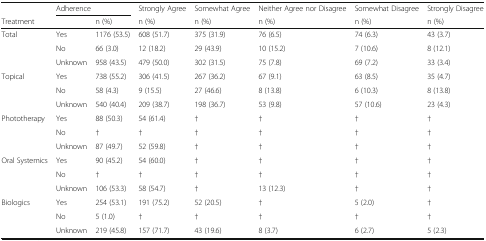
<table><thead><tr><td></td><td colspan="2"><b>Adherence</b></td><td><b>Strongly Agree</b></td><td><b>Somewhat Agree</b></td><td><b>Neither Agree nor Disagree</b></td><td><b>Somewhat Disagree</b></td><td><b>Strongly Disagree</b></td></tr><tr><td><b>Treatment</b></td><td></td><td><b>n (%)</b></td><td><b>n (%)</b></td><td><b>n (%)</b></td><td><b>n (%)</b></td><td><b>n (%)</b></td><td><b>n (%)</b></td></tr></thead><tbody><tr><td rowspan="3">Total</td><td>Yes</td><td>1176 (53.5)</td><td>608 (51.7)</td><td>375 (31.9)</td><td>76 (6.5)</td><td>74 (6.3)</td><td>43 (3.7)</td></tr><tr><td>No</td><td>66 (3.0)</td><td>12 (18.2)</td><td>29 (43.9)</td><td>10 (15.2)</td><td>7 (10.6)</td><td>8 (12.1)</td></tr><tr><td>Unknown</td><td>958 (43.5)</td><td>479 (50.0)</td><td>302 (31.5)</td><td>75 (7.8)</td><td>69 (7.2)</td><td>33 (3.4)</td></tr><tr><td rowspan="3">Topical</td><td>Yes</td><td>738 (55.2)</td><td>306 (41.5)</td><td>267 (36.2)</td><td>67 (9.1)</td><td>63 (8.5)</td><td>35 (4.7)</td></tr><tr><td>No</td><td>58 (4.3)</td><td>9 (15.5)</td><td>27 (46.6)</td><td>8 (13.8)</td><td>6 (10.3)</td><td>8 (13.8)</td></tr><tr><td>Unknown</td><td>540 (40.4)</td><td>209 (38.7)</td><td>198 (36.7)</td><td>53 (9.8)</td><td>57 (10.6)</td><td>23 (4.3)</td></tr><tr><td rowspan="3">Phototherapy</td><td>Yes</td><td>88 (50.3)</td><td>54 (61.4)</td><td>†</td><td>†</td><td>†</td><td>†</td></tr><tr><td>No</td><td>†</td><td>†</td><td>†</td><td>†</td><td>†</td><td>†</td></tr><tr><td>Unknown</td><td>87 (49.7)</td><td>52 (59.8)</td><td>†</td><td>†</td><td>†</td><td>†</td></tr><tr><td rowspan="3">Oral Systemics</td><td>Yes</td><td>90 (45.2)</td><td>54 (60.0)</td><td>†</td><td>†</td><td>†</td><td>†</td></tr><tr><td>No</td><td>†</td><td>†</td><td>†</td><td>†</td><td>†</td><td>†</td></tr><tr><td>Unknown</td><td>106 (53.3)</td><td>58 (54.7)</td><td>†</td><td>13 (12.3)</td><td>†</td><td>†</td></tr><tr><td rowspan="3">Biologics</td><td>Yes</td><td>254 (53.1)</td><td>191 (75.2)</td><td>52 (20.5)</td><td>†</td><td>5 (2.0)</td><td>†</td></tr><tr><td>No</td><td>5 (1.0)</td><td>†</td><td>†</td><td>†</td><td>†</td><td>†</td></tr><tr><td>Unknown</td><td>219 (45.8)</td><td>157 (71.7)</td><td>43 (19.6)</td><td>8 (3.7)</td><td>6 (2.7)</td><td>5 (2.3)</td></tr></tbody></table>